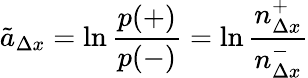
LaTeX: \tilde{a}_{\Delta x}=\ln\frac{p(+)}{p(-)}=\ln\frac{n_{\Delta x}^{+}}{n_{\Delta x}^{-}}